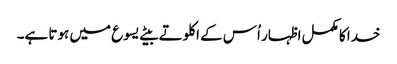
خدا کا مکمل اظہار اُس کے اکلوتے بیٹے یسوع میں ہوتا ہے۔